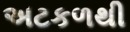
અટકળથી